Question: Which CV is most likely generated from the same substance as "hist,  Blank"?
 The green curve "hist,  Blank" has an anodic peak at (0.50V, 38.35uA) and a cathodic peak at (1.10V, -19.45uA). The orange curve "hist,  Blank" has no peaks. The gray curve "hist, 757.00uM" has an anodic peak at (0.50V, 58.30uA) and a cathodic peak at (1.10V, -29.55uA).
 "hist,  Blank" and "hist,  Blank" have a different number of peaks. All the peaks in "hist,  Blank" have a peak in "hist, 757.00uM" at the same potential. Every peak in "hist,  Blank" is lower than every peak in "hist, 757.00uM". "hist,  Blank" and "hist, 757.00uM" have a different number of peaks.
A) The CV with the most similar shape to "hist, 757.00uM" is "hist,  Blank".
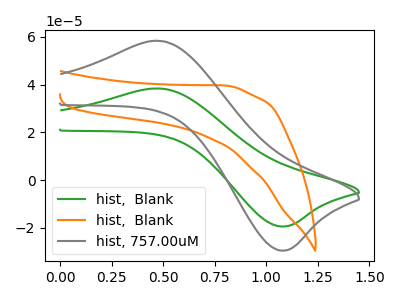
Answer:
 <answer>A) The CV with the most similar shape to "hist, 757.00uM" is "hist,  Blank".</answer>
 <eval>A</eval>